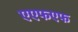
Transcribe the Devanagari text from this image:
एएफएफ